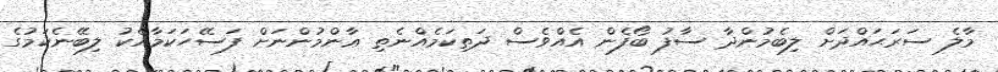
މާލެ ސަރަޙައްދަށް ލިބެމުންދާ ސާފު ބޯފެން އެއްވެސް ދަތިކަމެއްނެތި ޢާންމުންނަށް ފަސޭހަކަމާއެކު ލިބޭނެކަމުގެ